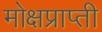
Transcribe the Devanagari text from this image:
मोक्षप्राप्‍ती